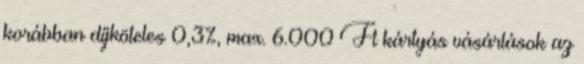
korábban díjköteles 0,3%, max. 6.000 Ft kártyás vásárlások az